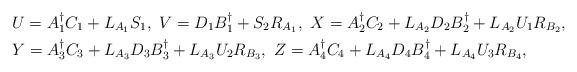
LaTeX: \begin{align*}\begin{aligned}&U=A_{1}^{\dagger}C_{1}+L_{A_1}S_1,\ V=D_{1}B_{1}^{\dagger}+S_2R_{A_1},\ X=A_{2}^{\dagger}C_{2}+L_{A_{2}}D_{2}B_{2}^{\dagger}+L_{A_{2}}U_{1}R_{B_{2}},\\&Y=A_{3}^{\dagger}C_{3}+L_{A_{3}}D_{3}B_{3}^{\dagger}+L_{A_{3}}U_{2}R_{B_{3}},\ Z=A_{4}^{\dagger}C_{4}+L_{A_{4}}D_{4}B_{4}^{\dagger}+L_{A_{4}}U_{3}R_{B_{4}},\end{aligned}\end{align*}